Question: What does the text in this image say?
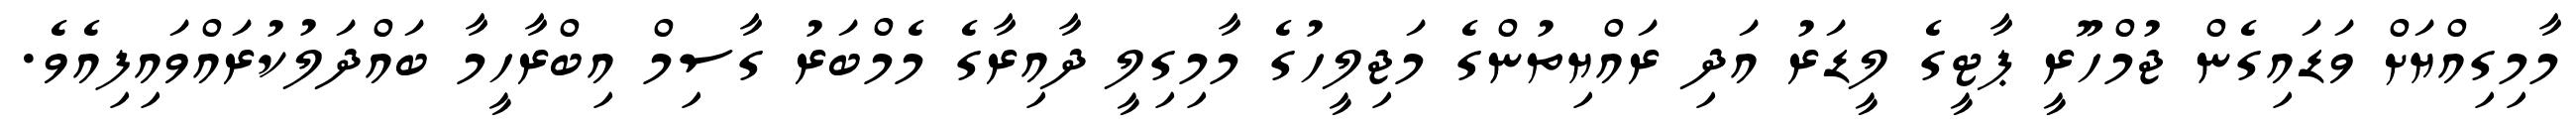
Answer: މާމިގިއްޔަށް ވަޑައިގެން ޖުމްހޫރީ ޕާޓީގެ ލީޑަރު އަދި ރައްޔިތުންގެ މަޖިލީހުގެ މާމިގިލީ ދާއިރާގެ މެމްބަރު ގާސިމް އިބްރާހީމާ ބައްދަލުކުރައްވައިފިއެވެ.